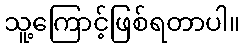
သူ့ကြောင့်ဖြစ်ရတာပါ။